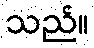
သည်။